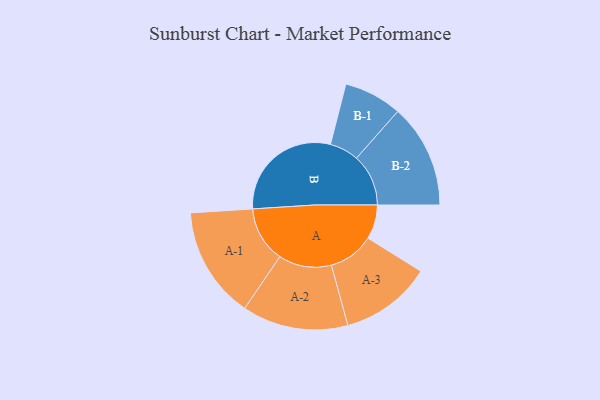
{"axis": {"x": "Segment", "y": "Value"}, "legend": ["", "A", "B"], "data": [{"x": "A", "y": 132, "type": ""}, {"x": "B", "y": 445, "type": ""}, {"x": "A-1", "y": 215, "type": "A"}, {"x": "A-2", "y": 204, "type": "A"}, {"x": "A-3", "y": 176, "type": "A"}, {"x": "B-1", "y": 112, "type": "B"}, {"x": "B-2", "y": 200, "type": "B"}]}